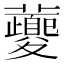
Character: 𡖂